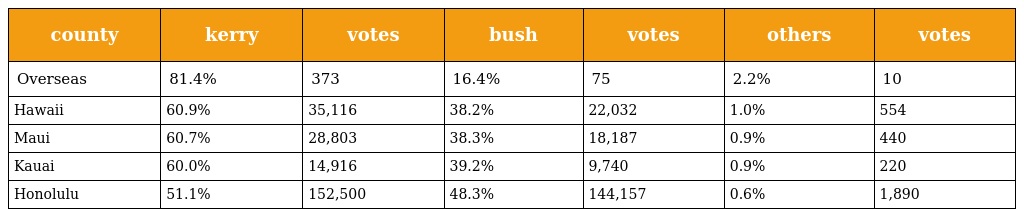
| county | kerry | votes | bush | votes | others | votes |
 | --- | --- | --- | --- | --- | --- | --- |
 | Overseas | 81.4% | 373 | 16.4% | 75 | 2.2% | 10 |
 | Hawaii | 60.9% | 35,116 | 38.2% | 22,032 | 1.0% | 554 |
 | Maui | 60.7% | 28,803 | 38.3% | 18,187 | 0.9% | 440 |
 | Kauai | 60.0% | 14,916 | 39.2% | 9,740 | 0.9% | 220 |
 | Honolulu | 51.1% | 152,500 | 48.3% | 144,157 | 0.6% | 1,890 |